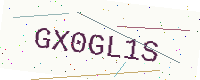
Text: GX0GL1S